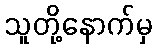
သူတို့နောက်မှ